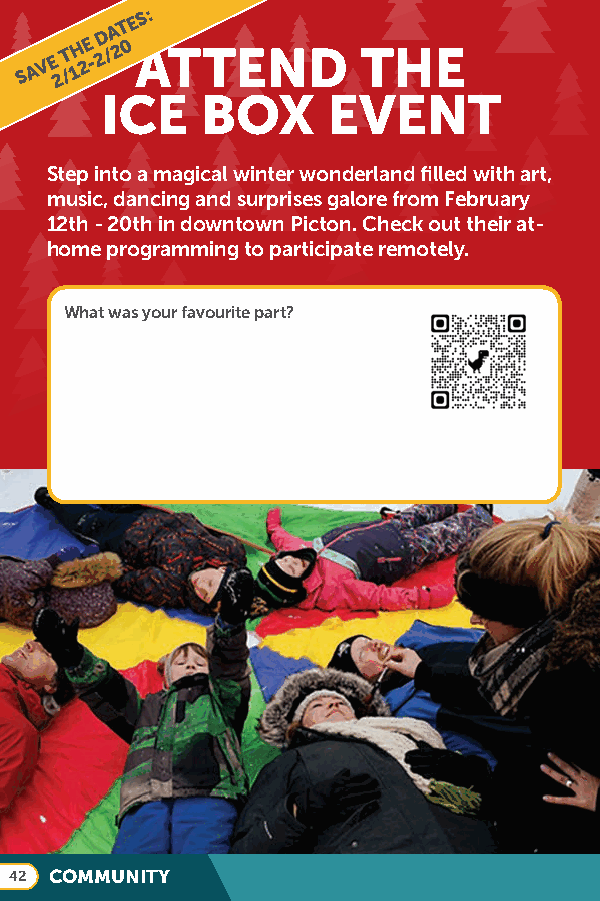
S A V E
 2T
 /
 1H 2E
 -
 2D /A 2T 0E
 AS:
 TTEND        THE
 ICE   BOX      EVENT
 Step into a magical winter wonderland filled with art,
 music, dancing and surprises galore from February
 12th - 20th in downtown Picton. Check out their at-
 home programming to participate remotely.
 What was your favourite part?
 42 COMMUNITY